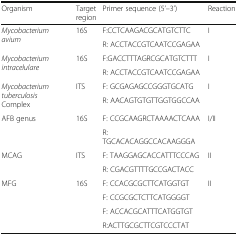
<table><thead><tr><td><b>Organism</b></td><td><b>Target region</b></td><td><b>Primer sequence (5’–3’)</b></td><td><b>Reaction</b></td></tr></thead><tbody><tr><td rowspan="2"><i>Mycobacterium avium</i></td><td rowspan="2">16S</td><td>F:CCTCAAGACGCATGTCTTC</td><td rowspan="2">I</td></tr><tr><td>R: ACCTACCGTCAATCCGAGAA</td></tr><tr><td rowspan="2"><i>Mycobacterium intracelulare</i></td><td rowspan="2">16S</td><td>F:GACCTTTAGRCGCATGTCTTT</td><td rowspan="2">I</td></tr><tr><td>R: ACCTACCGTCAATCCGAGAA</td></tr><tr><td rowspan="2"><i>Mycobacterium tuberculosis</i> Complex</td><td rowspan="2">ITS</td><td>F: GCGAGAGCCGGGTGCATG</td><td rowspan="2">I</td></tr><tr><td>R: AACAGTGTGTTGGTGGCCAA</td></tr><tr><td rowspan="2">AFB genus</td><td rowspan="2">16S</td><td>F: CCGCAAGRCTAAAACTCAAA</td><td rowspan="2">I/II</td></tr><tr><td>R: TGCACACAGGCCACAAGGGA</td></tr><tr><td rowspan="2">MCAG</td><td rowspan="2">ITS</td><td>F: TAAGGAGCACCATTTCCCAG</td><td rowspan="2">II</td></tr><tr><td>R: CGACGTTTTGCCGACTACC</td></tr><tr><td rowspan="4">MFG</td><td rowspan="4">16S</td><td>F: CCACGCGCTTCATGGTGT</td><td rowspan="4">II</td></tr><tr><td>F: CCGCGCTCTTCATGGGGT</td></tr><tr><td>F: ACCACGCATTTCATGGTGT</td></tr><tr><td>R:ACTTGCGCTTCGTCCCTAT</td></tr></tbody></table>